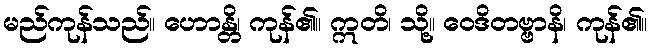
မည်ကုန်သည်။ ဟောန္တိ၊ ကုန်၏။ ဣတိ၊ သို့။ ဝေဒိတဗ္ဗာနိ၊ ကုန်၏။